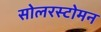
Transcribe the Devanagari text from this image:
सोलरस्टोमन